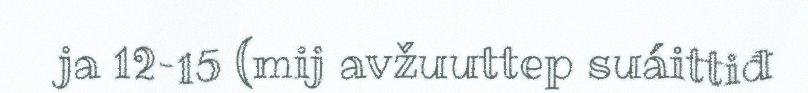
ja 12–15 (mij avžuuttep suáittiđ